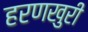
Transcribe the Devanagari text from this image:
हरणखुरी